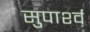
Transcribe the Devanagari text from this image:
सुपार्श्‍व